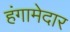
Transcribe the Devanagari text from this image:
हंगामेदार